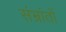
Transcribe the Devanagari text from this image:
संभ्रांतों